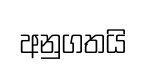
අනුගතයි